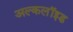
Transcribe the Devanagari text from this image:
अल्कलॉइड